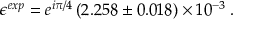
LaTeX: { \epsilon } ^ { e x p } = e ^ { i \pi / 4 } \left( 2 . 2 5 8 \pm 0 . 0 1 8 \right) \times 1 0 ^ { - 3 } \: .